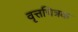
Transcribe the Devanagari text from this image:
वृत्तचित्रक